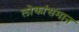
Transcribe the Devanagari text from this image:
लोकांसमान